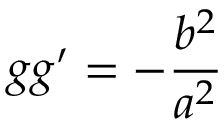
g g ^ { \prime } = - { \frac { b ^ { 2 } } { a ^ { 2 } } }